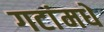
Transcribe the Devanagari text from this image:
गटांमधे